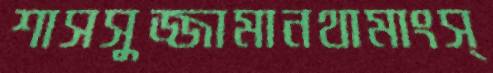
শাসসুজ্জামানথামাংস্